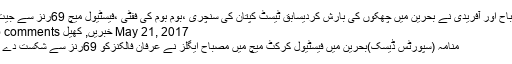
مصباح اور آفریدی نے بحرین میں چھکوں کی بارش کردیسابق ٹیسٹ کپتان کی سنچری ،بوم بوم کی ففٹی ،فیسٹیول میچ 69رنز سے جیت لیا
May 21, 2017 خبریں, کھیل No comments
منامہ (سپورٹس ڈیسک)بحرین میں فیسٹیول کرکٹ میچ میں مصباح ایگلز نے عرفان فالکنزکو 69رنز سے شکست دے دی۔